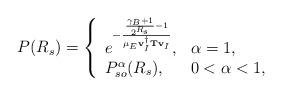
LaTeX: \begin{align*}P(R_s) = \left\{\begin{array}{ll}e^{-\frac{\frac{\gamma_B +1}{2^{R_s}}-1}{\mu_E \mathbf{v}_I^{\dag} \mathbf{T}\mathbf{v}_I}}, & \alpha = 1,\\P_{so}^{\alpha}(R_s), & 0<\alpha < 1,\end{array}\right.\end{align*}